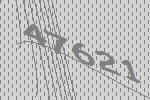
47621